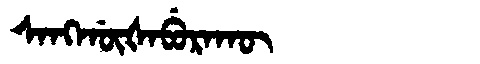
Manchu: ᠰᠠᠩᡤᡡᡧᠠᠪᡠᡵᠠᡴᡡ
Romanization: SANGGŪŠABURAKŪ